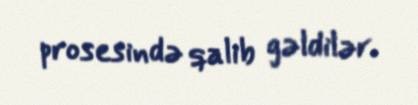
prosesində qalib gəldilər.